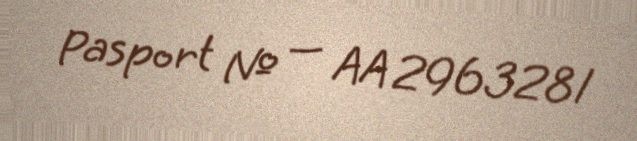
Pasport № — AA 2963281